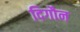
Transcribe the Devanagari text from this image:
दिगौन